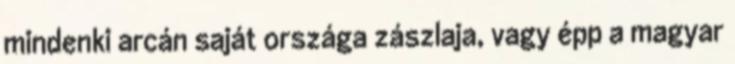
mindenki arcán saját országa zászlaja, vagy épp a magyar